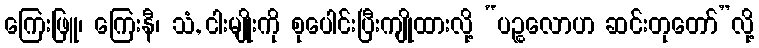
ကြေးဖြူ၊ ကြေးနီ၊ သံ, ငါးမျိုးကို စုပေါင်းပြီးကျိုထားလို့ “ပဉ္စလောဟ ဆင်းတုတော်”လို့